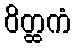
ဝိတ္ထကံ